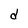
Character: d